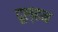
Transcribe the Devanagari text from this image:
दूल्हन